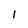
Character: l